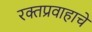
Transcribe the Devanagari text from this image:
रक्तप्रवाहाचे